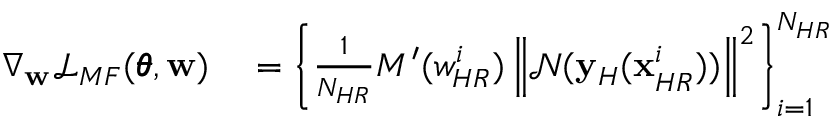
\begin{array} { r l } { \nabla _ { \mathbf { w } } \mathcal { L } _ { M F } ( \pmb { \theta } , \mathbf { w } ) } & { { } = \left\{ \frac { 1 } { N _ { H R } } { M ^ { \prime } ( w _ { H R } ^ { i } ) \left\| \mathcal { N } ( \mathbf { y } _ { H } ( \mathbf { x } _ { H R } ^ { i } ) ) \right\| ^ { 2 } } \right\} _ { i = 1 } ^ { N _ { H R } } } \end{array}